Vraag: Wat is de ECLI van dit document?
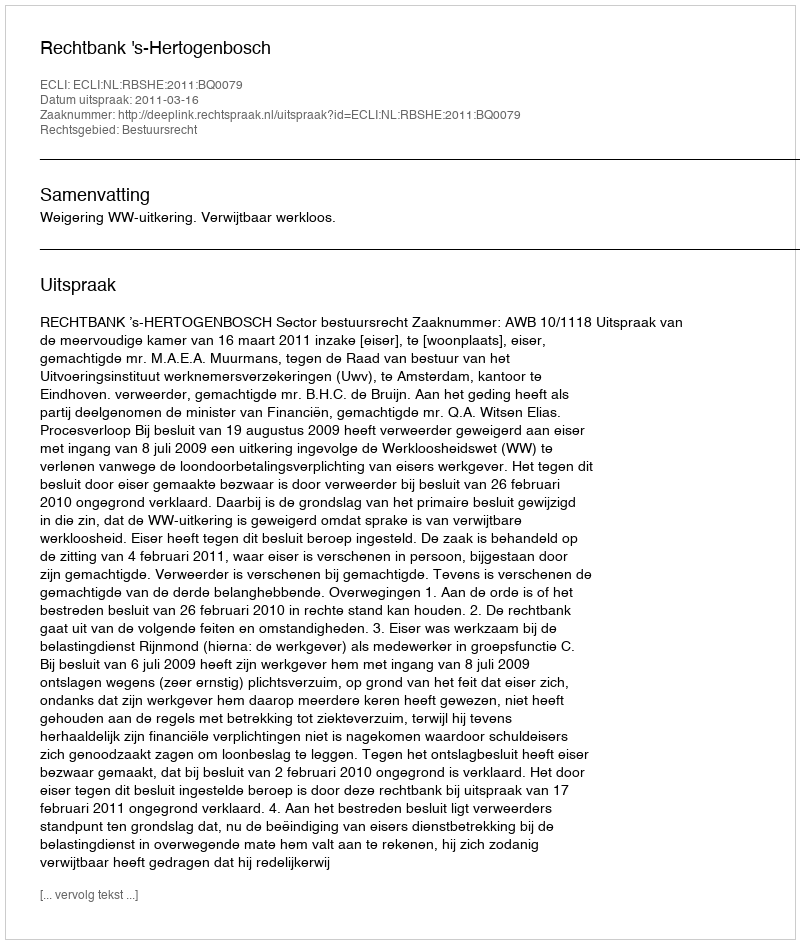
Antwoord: ECLI:NL:RBSHE:2011:BQ0079